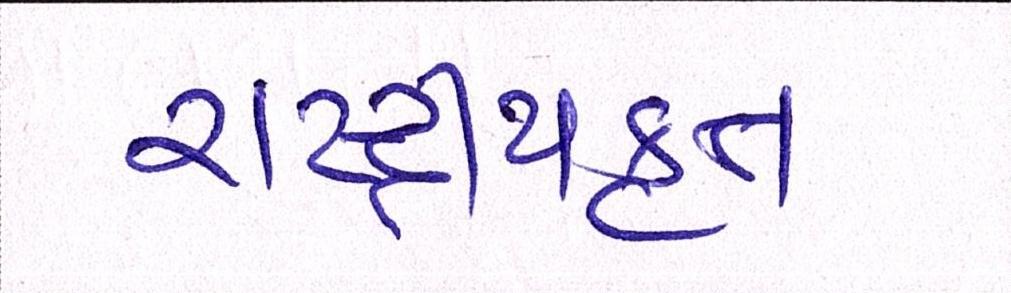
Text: રાષ્ટ્ર્રીયકૃત